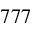
7 7 7